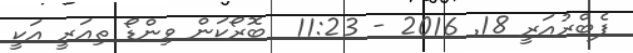
ފެބްރުއަރީ 18